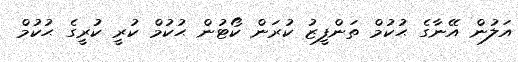
އަލުން އޭނާގެ ޙުކުމް ތަންފީޒު ކުރަން ކޯޓުން ޙުކުމް ކުރީ ކުރީގެ ޙުކުމް